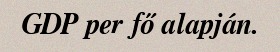
GDP per fő alapján.